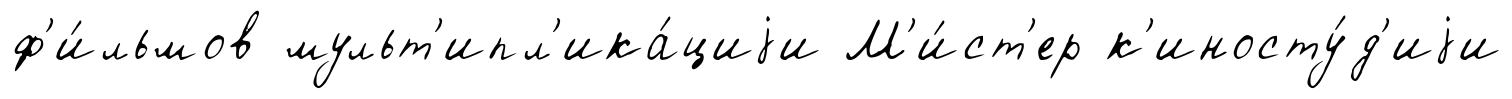
ф'и́льмов мульт'ипл'ика́циjи М'и́ст'ер к'иносту́д'иjи